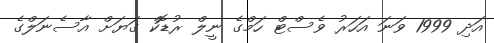
އަދި 1999 ވަނަ އަހަރު ވެސްޓް ހަމްގެ ނީލް ރުޑޮކް ގަޔަށް އާސެނަލްގެ